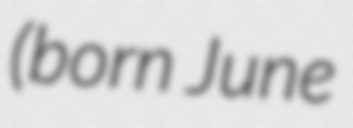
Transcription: (born June